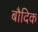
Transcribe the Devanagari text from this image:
बौदिक